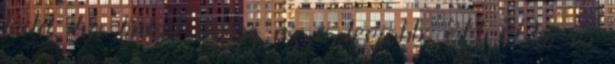
tedd. ha linket dobsz az a legjobb. A Div-es